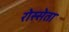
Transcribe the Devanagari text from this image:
रोस्सेता